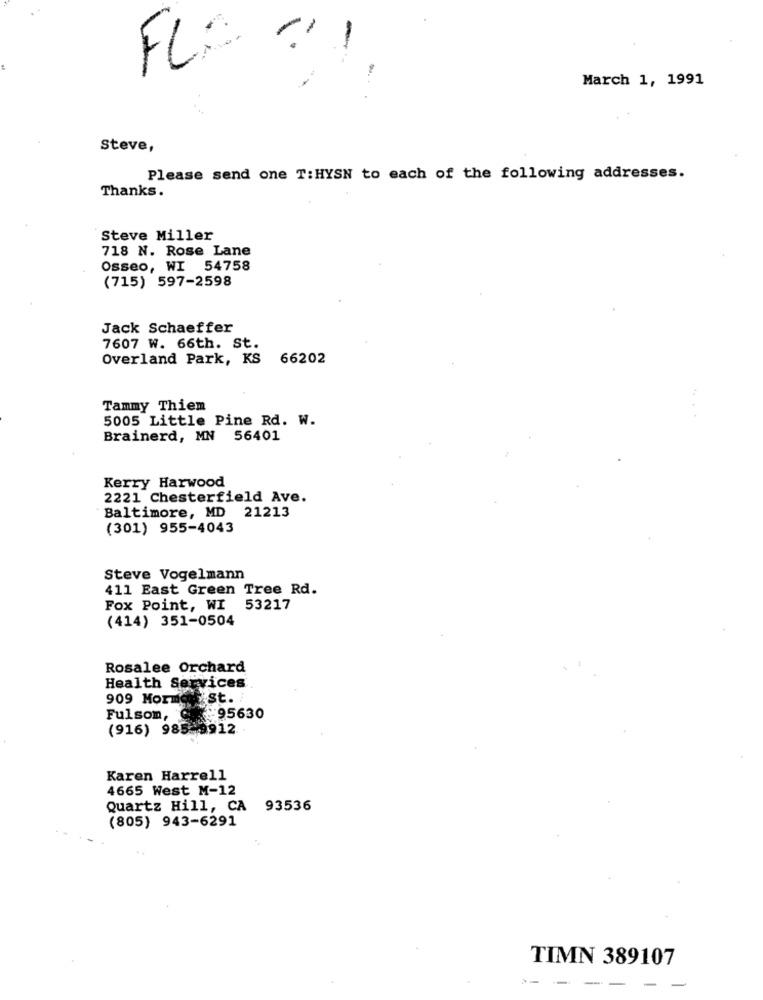
FL
March 1, 1991
Steve,
Please send one T:HYSN to each of the following addresses.
Thanks.
Steve Miller
718 N. Rose Lane
Osseo, WI 54758
(715) 597-2598
Jack Schaeffer
7607 W. 66th. St.
Overland Park, KS 66202
Tammy Thiem
5005 Little Pine Rd. W.
Brainerd, MN 56401
Kerry Harwood
2221 Chesterfield Ave.
Baltimore, MD 21213
(301) 955-4043
Steve Vogelmann
411 East Green Tree Rd.
Fox Point, WI 53217
(414) 351-0504
Rosalee Orchard
Health Services
909 Mormor St.
Fulsom, 95630
(916) 985-9912
Karen Harrell
4665 West M-12
Quartz Hill, CA
93536
(805) 943-6291
TIMN 389107
---